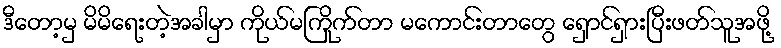
ဒီတော့မှ မိမိရေးတဲ့အခါမှာ ကိုယ်မကြိုက်တာ မကောင်းတာတွေ ရှောင်ရှားပြီးဖတ်သူအဖို့